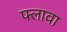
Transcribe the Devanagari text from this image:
फ्लावा